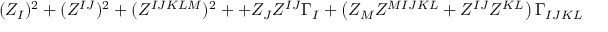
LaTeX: ( Z _ { I } ) ^ { 2 } + ( Z ^ { I J } ) ^ { 2 } + ( Z ^ { I J K L M } ) ^ { 2 } + + Z _ { J } Z ^ { I J } \Gamma _ { I } + \left( Z _ { M } Z ^ { M I J K L } + Z ^ { I J } Z ^ { K L } \right) \Gamma _ { I J K L }